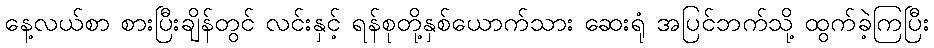
နေ့လယ်စာ စားပြီးချိန်တွင် လင်းနှင့် ရန်စုတို့နှစ်ယောက်သား ဆေးရုံ အပြင်ဘက်သို့ ထွက်ခဲ့ကြပြီး